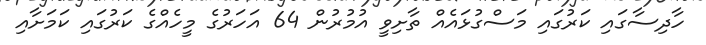
ހާދިސާގައި ކަރުގައި މަސްގުޅައެއް ތާށިވީ އުމުރުން 64 އަހަރުގެ މީހެއްގެ ކަރުގައި ކަމަށާއި